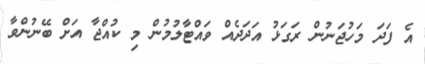
އެ ފަދަ މަހުޖަނުން ރަގަޅު އަދަދެއް ވައްޓާލުމުން މި ކުއްޖާ އަށް ބޭނުންވާ